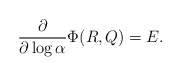
\begin{align*}\frac{\partial}{\partial\log\alpha} \Phi(R,Q)=E.\end{align*}